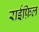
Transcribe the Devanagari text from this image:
राईफ़िल